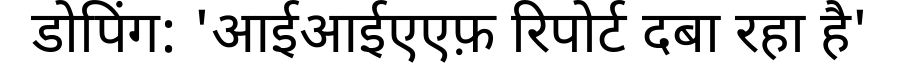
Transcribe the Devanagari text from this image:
डोपिंग: 'आईआईएएफ़ रिपोर्ट दबा रहा है'